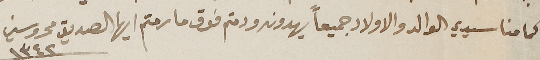
كما منا سيدي الوالد والاولاد جميعاً يهدونه ودمتم فوق ما رمتم ايها الصديق محروسين